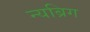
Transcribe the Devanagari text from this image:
न्यब्रिग